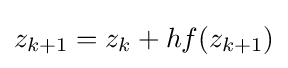
z_{k+1}=z_{k}+hf(z_{k+1})